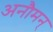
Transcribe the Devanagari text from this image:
अनौमन्